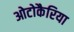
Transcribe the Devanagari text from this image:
ओटोकैरिया